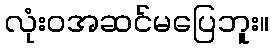
လုံးဝအဆင်မပြေဘူး။